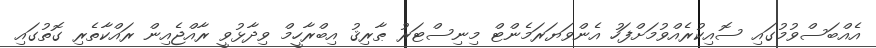
އެއްބަސްވުމުގައި ސޮއިކުރެއްވުމަށްފަހު އެންވަޔަރަމެންޓް މިނިސްޓަރު ޠާރިޤު އިބްރާހީމް ވިދާޅުވީ ރާއްޖެއިން ރައްކާތެރި ގޮތުގައި